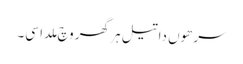
سرھوں دا تیل ہر گھر وچ ملدا سی۔